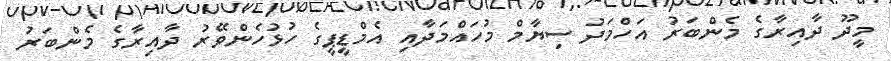
މީދޫ ދާއިރާގެ މެންބަރު އަހްމަދު ސިޔާމް މުހައްމަދާއި އެމްޑީޕީގެ ހުޅުހެންވޭރު ދާއިރާގެ މެންބަރު